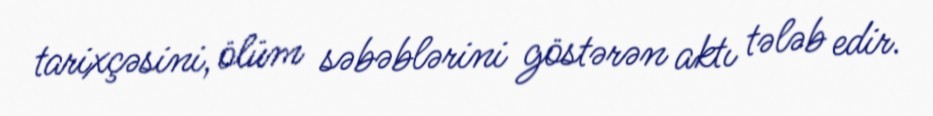
tarixçəsini, ölüm səbəblərini göstərən aktı tələb edir.